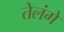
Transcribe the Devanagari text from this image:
तेलंगे